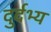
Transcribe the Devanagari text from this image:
दुर्दभ्य